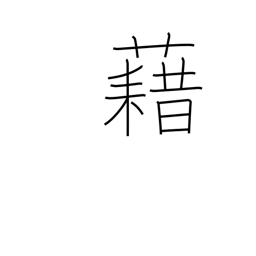
Meaning: carpet